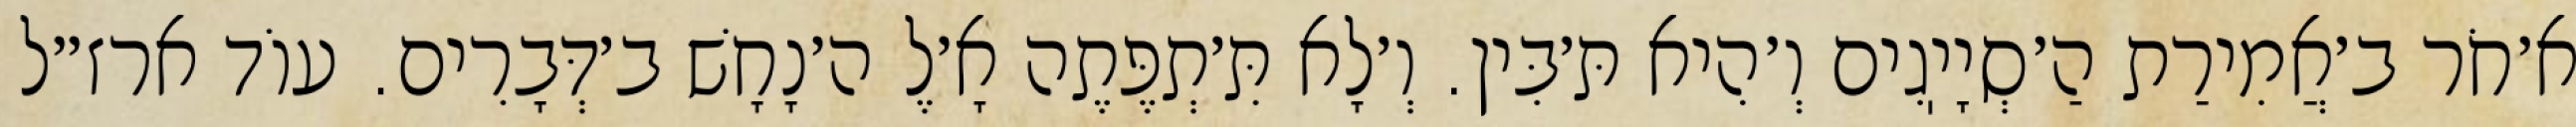
א׳חֹר ב׳אֲמִירַת הַ׳סְיָיֽגִים וְ׳הִיא תּ׳בִּין. וְ׳לָא תִּ׳תְפֶּתֶה אָ׳לֶ ה׳נָחָשׁ ב׳דְּבָרִים. עוֹד ארז״ל